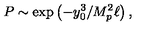
P \sim \exp \left( - y _ { 0 } ^ { 3 } / M _ { p } ^ { 2 } \ell \right) ,